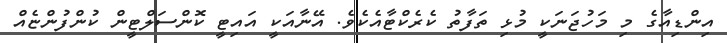
އިންޑިއާގެ މި މަހުޖަނަކީ މުޅި ތަފާތު ކެރެކްޓާއެކެވެ. އޭނާއަކީ އައިޓީ ކޮންސަލްޓީން ކުންފުންޏެއް